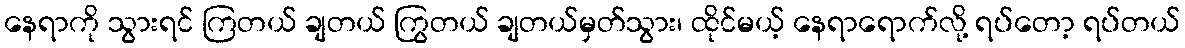
နေရာကို သွားရင် ကြတယ် ချတယ် ကြွတယ် ချတယ်မှတ်သွား၊ ထိုင်မယ့် နေရာရောက်လို့ ရပ်တော့ ရပ်တယ်